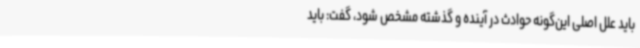
باید علل اصلی این‌گونه حوادث در آینده و گذشته مشخص شود، گفت: باید